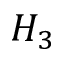
H _ { 3 }